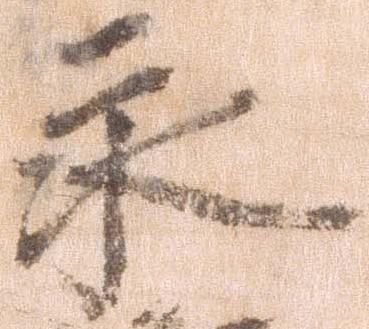
永